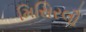
મિસિરલૌ